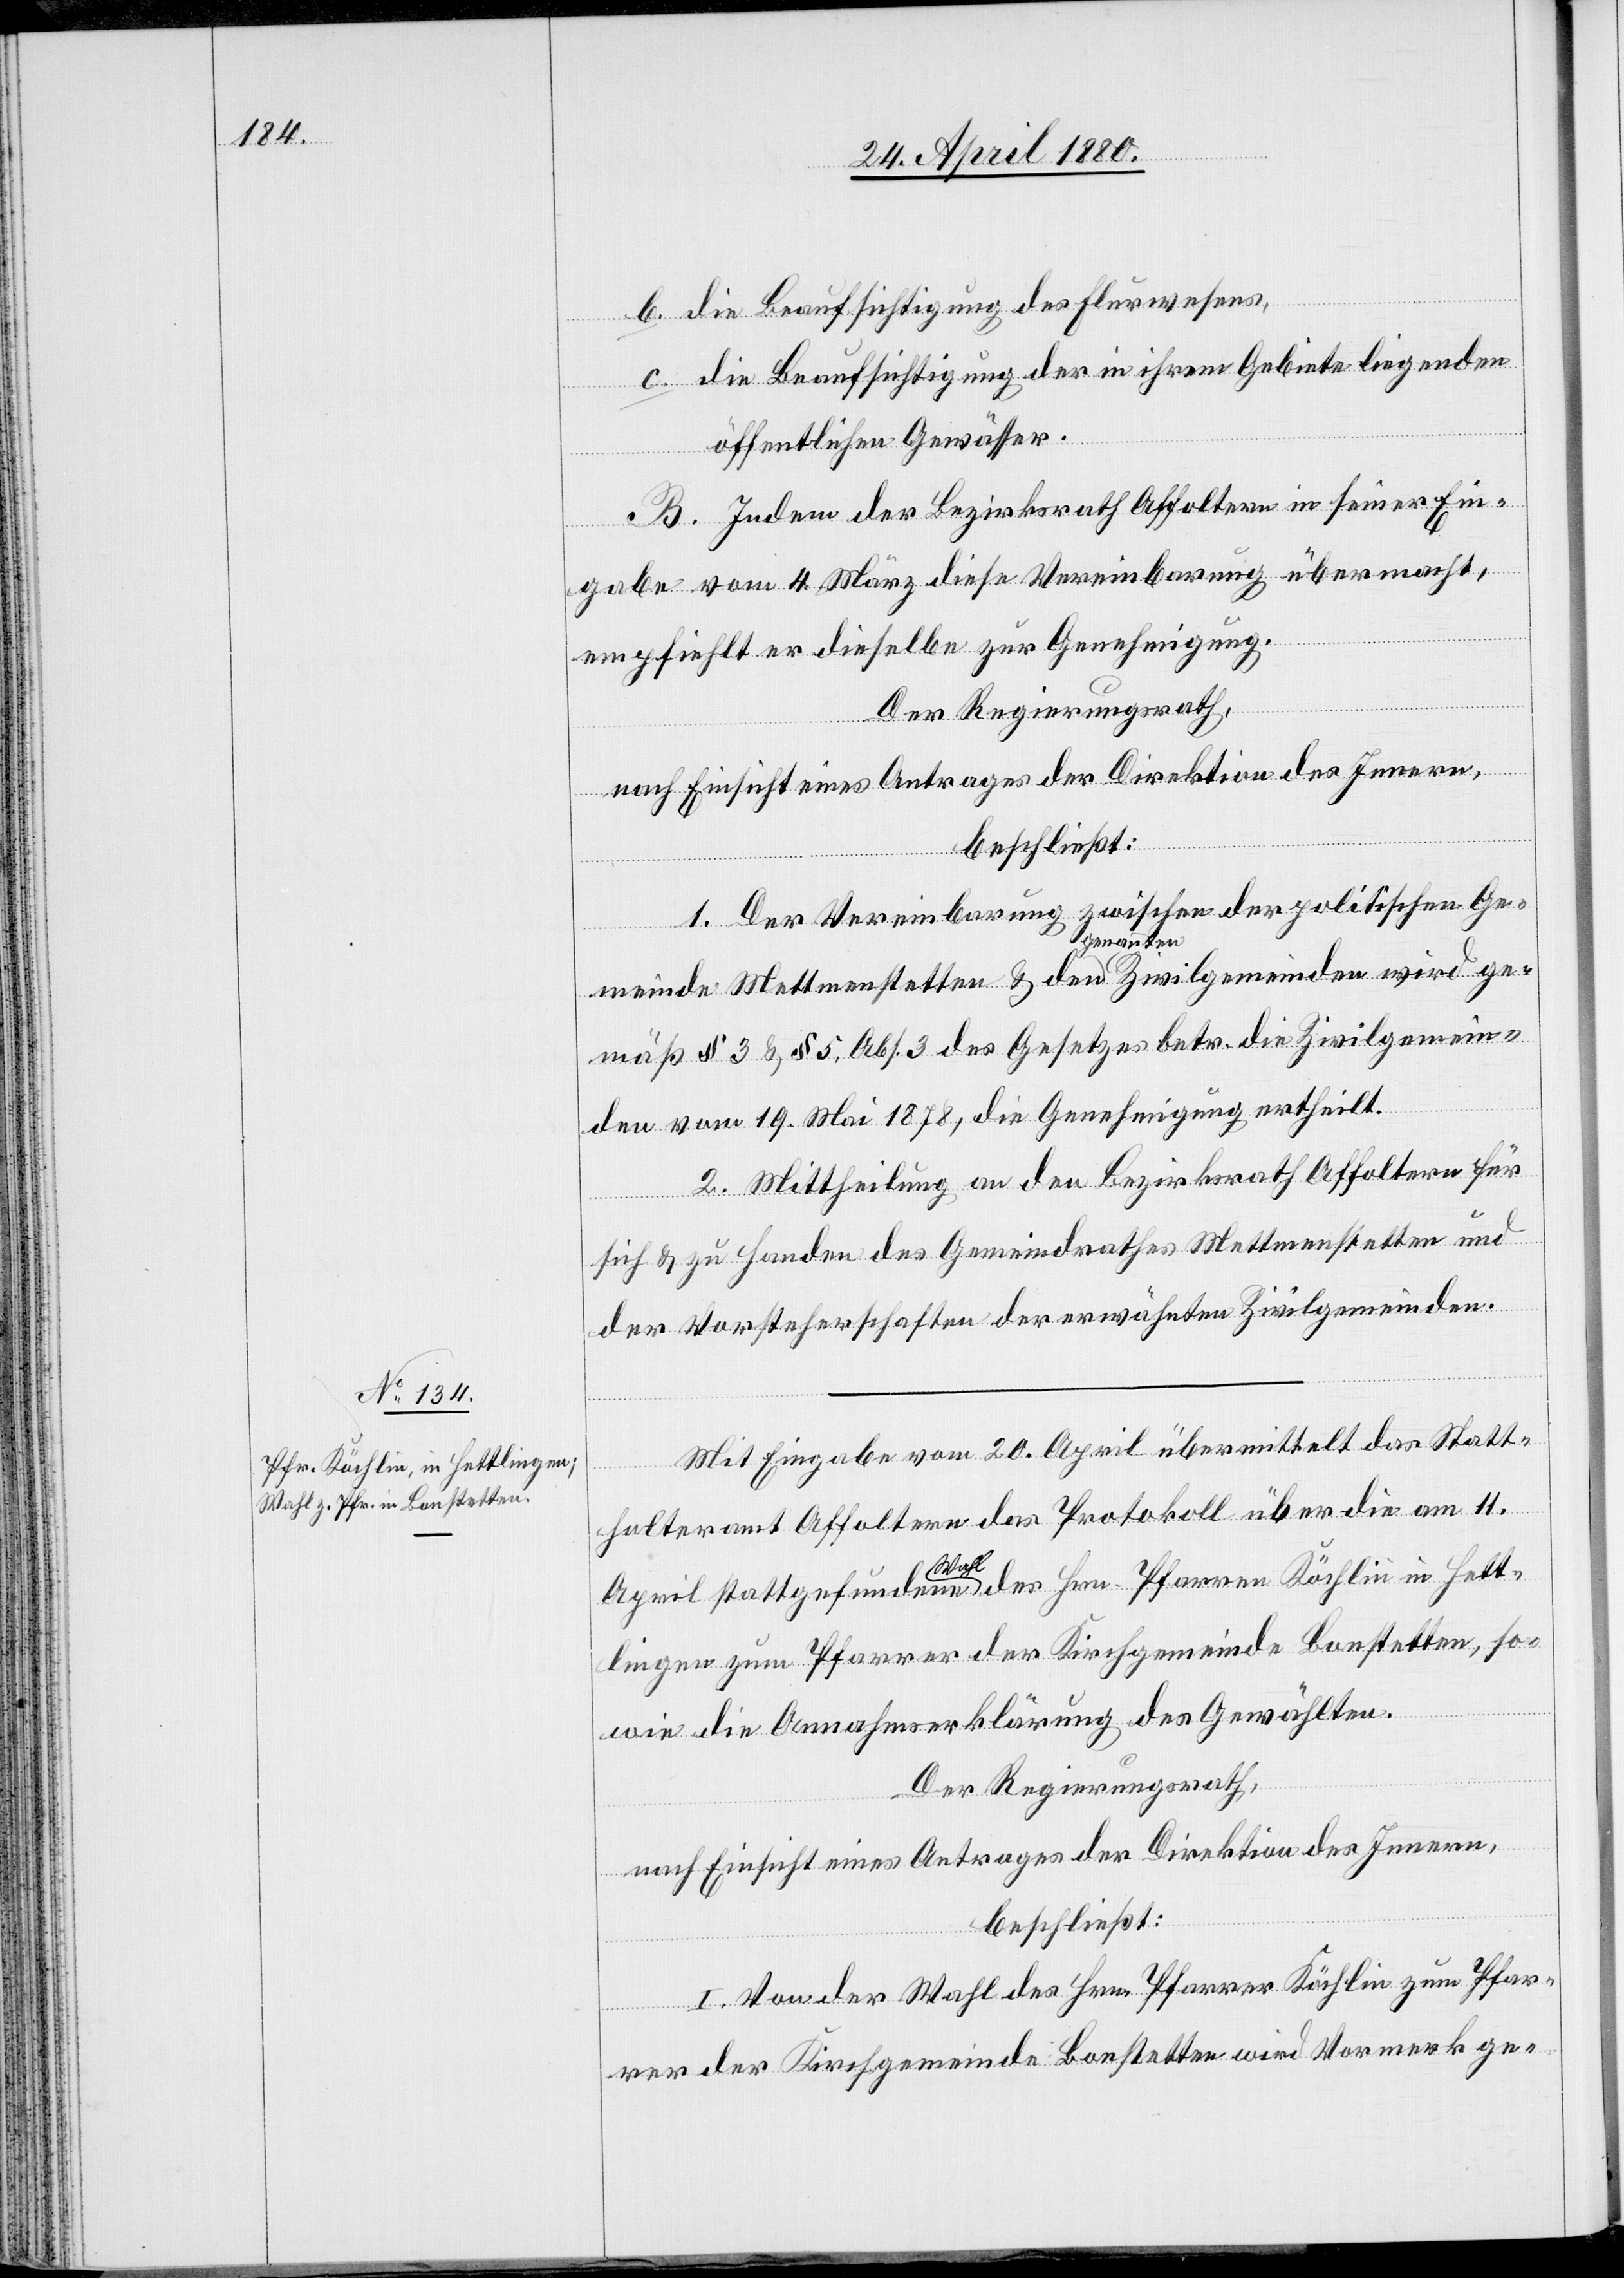
b. die Beaufsichtigung des Flurwesens,
c. die Beaufsichtigung der in ihrem Gebiete liegenden
öffentlichen Gewässer.
B. Indem der Bezirksrath Affoltern in seiner Ein¬
gabe vom 4. März diese Vereinbarung übermacht,
empfiehlt er dieselbe zur Genehmigung.
Der Regierungsrath,
nach Einsicht eines Antrages der Direktion des Innern,
beschließt:
1. Der Vereinbarung zwischen der politischen Ge¬
meinde Mettmenstetten & den genannten Zivilgemeinden wird ge¬
mäß § 3 & § 5. Abs. 3 des Gesetzes betr. die Zivilgemein¬
den vom 19. Mai 1878, die Genehmigung ertheilt.
2. Mittheilung an den Bezirksrath Affoltern für
sich & zu Handen des Gemeindrathes Mettmenstetten und
der Vorsteherschaften der erwähnten Zivilgemeinden.
Mit Eingabe vom 20. April übermittelt das Statt¬
halteramt Affoltern das Protokoll über die am 11.
April stattgefundene Wahl des Hrn. Pfarrer Kächlin in Hett¬
lingen zum Pfarrer der Kirchgemeinde Bonstetten, so¬
wie die Annahmserklärung des Gewählten.
Der Regierungsrath,
nach Einsicht eines Antrages der Direktion des Innern,
beschließt:
I. Von der Wahl des Hrn. Pfarrer Kächlin zum Pfar¬
rer der Kirchgemeinde Bonstetten wird Vormerk ge-